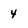
Character: 4